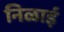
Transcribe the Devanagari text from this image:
निळाई